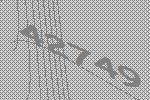
42749